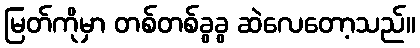
မြတ်ကိုမှာ တစ်တစ်ခွခွ ဆဲလေတော့သည်။